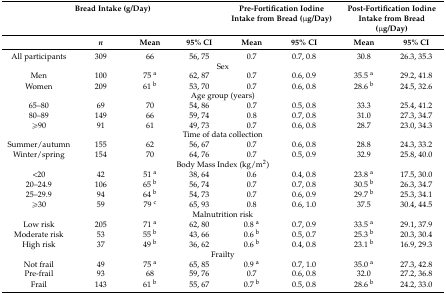
<table><thead><tr><td colspan="4"><b>Bread Intake (g/Day)</b></td><td colspan="2"><b>Pre-Fortification Iodine Intake from Bread (μg/Day)</b></td><td colspan="2"><b>Post-Fortification Iodine Intake from Bread (μg/Day)</b></td></tr><tr><td></td><td><b><i>n</i></b></td><td><b>Mean </b></td><td><b>95% CI</b></td><td><b>Mean</b></td><td><b>95% CI</b></td><td><b>Mean</b></td><td><b>95% CI</b></td></tr></thead><tbody><tr><td>All participants</td><td>309</td><td>66</td><td>56, 75</td><td>0.7</td><td>0.7, 0.8</td><td>30.8</td><td>26.3, 35.3</td></tr><tr><td colspan="8">Sex</td></tr><tr><td>Men</td><td>100</td><td>75 <sup>a</sup></td><td>62, 87</td><td>0.7</td><td>0.6, 0.9</td><td>35.5 <sup>a</sup></td><td>29.2, 41.8</td></tr><tr><td>Women</td><td>209</td><td>61 <sup>b</sup></td><td>53, 70</td><td>0.7</td><td>0.6, 0.8</td><td>28.6 <sup>b</sup></td><td>24.5, 32.6</td></tr><tr><td colspan="8">Age group (years)</td></tr><tr><td>65–80</td><td>69</td><td>70</td><td>54, 86</td><td>0.7</td><td>0.5, 0.8</td><td>33.3</td><td>25.4, 41.2</td></tr><tr><td>80–89</td><td>149</td><td>66</td><td>59, 74</td><td>0.8</td><td>0.7, 0.8</td><td>31.0</td><td>27.3, 34.7</td></tr><tr><td>≥90</td><td>91</td><td>61</td><td>49, 73</td><td>0.7</td><td>0.6, 0.8</td><td>28.7</td><td>23.0, 34.3</td></tr><tr><td colspan="8">Time of data collection</td></tr><tr><td>Summer/autumn</td><td>155</td><td>62</td><td>56, 67</td><td>0.7</td><td>0.6, 0.8</td><td>28.8</td><td>24.3, 33.2</td></tr><tr><td>Winter/spring</td><td>154</td><td>70</td><td>64, 76</td><td>0.7</td><td>0.5, 0.9</td><td>32.9</td><td>25.8, 40.0</td></tr><tr><td colspan="8">Body Mass Index (kg/m<sup>2</sup>)</td></tr><tr><td>&lt;20</td><td>42</td><td>51 <sup>a</sup></td><td>38, 64</td><td>0.6</td><td>0.4, 0.8</td><td>23.8 <sup>a</sup></td><td>17.5, 30.0</td></tr><tr><td>20–24.9</td><td>106</td><td>65 <sup>b</sup></td><td>56, 74</td><td>0.7</td><td>0.7, 0.8</td><td>30.5 <sup>b</sup></td><td>26.3, 34.7</td></tr><tr><td>25–29.9</td><td>94</td><td>64 <sup>b</sup></td><td>54, 73</td><td>0.7</td><td>0.6, 0.9</td><td>29.7 <sup>b</sup></td><td>25.3, 34.1</td></tr><tr><td>≥30</td><td>59</td><td>79 <sup>c</sup></td><td>65, 93</td><td>0.8</td><td>0.6, 1.0</td><td>37.5</td><td>30.4, 44.5</td></tr><tr><td colspan="8">Malnutrition risk </td></tr><tr><td>Low risk</td><td>205</td><td>71 <sup>a</sup></td><td>62, 80</td><td>0.8 <sup>a</sup></td><td>0.7, 0.9</td><td>33.5 <sup>a</sup></td><td>29.1, 37.9</td></tr><tr><td>Moderate risk</td><td>53</td><td>55 <sup>b</sup></td><td>43, 66</td><td>0.6 <sup>b</sup></td><td>0.5, 0.7</td><td>25.3 <sup>b</sup></td><td>20.3, 30.4</td></tr><tr><td>High risk</td><td>37</td><td>49 <sup>b</sup></td><td>36, 62</td><td>0.6 <sup>b</sup></td><td>0.4, 0.8</td><td>23.1 <sup>b</sup></td><td>16.9, 29.3</td></tr><tr><td colspan="8">Frailty </td></tr><tr><td>Not frail</td><td>49</td><td>75 <sup>a</sup></td><td>65, 85</td><td>0.9 <sup>a</sup></td><td>0.7, 1.0</td><td>35.0 <sup>a</sup></td><td>27.3, 42.8</td></tr><tr><td>Pre-frail</td><td>93</td><td>68</td><td>59, 76</td><td>0.7</td><td>0.6, 0.8</td><td>32.0</td><td>27.2, 36.8</td></tr><tr><td>Frail</td><td>143</td><td>61 <sup>b</sup></td><td>55, 67</td><td>0.7 <sup>b</sup></td><td>0.5, 0.8</td><td>28.6 <sup>b</sup></td><td>24.2, 33.0</td></tr></tbody></table>